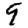
Digit: 9